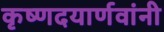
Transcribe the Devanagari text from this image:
कृष्णदयार्णवांनी